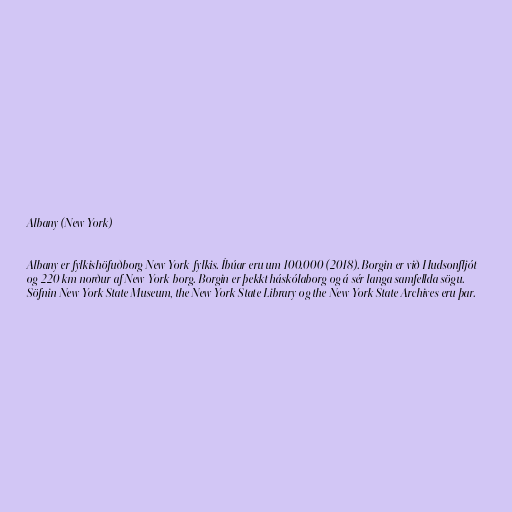
Albany (New York)

Albany er fylkishöfuðborg New York-fylkis. Íbúar eru um 100.000 (2018). Borgin er við Hudsonfljót
og 220 km norður af New York-borg. Borgin er þekkt háskólaborg og á sér langa samfellda sögu.
Söfnin New York State Museum, the New York State Library og the New York State Archives eru þar.